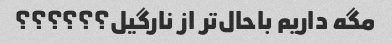
مگه داریم باحال‌تر از نارگیل؟؟؟؟؟؟